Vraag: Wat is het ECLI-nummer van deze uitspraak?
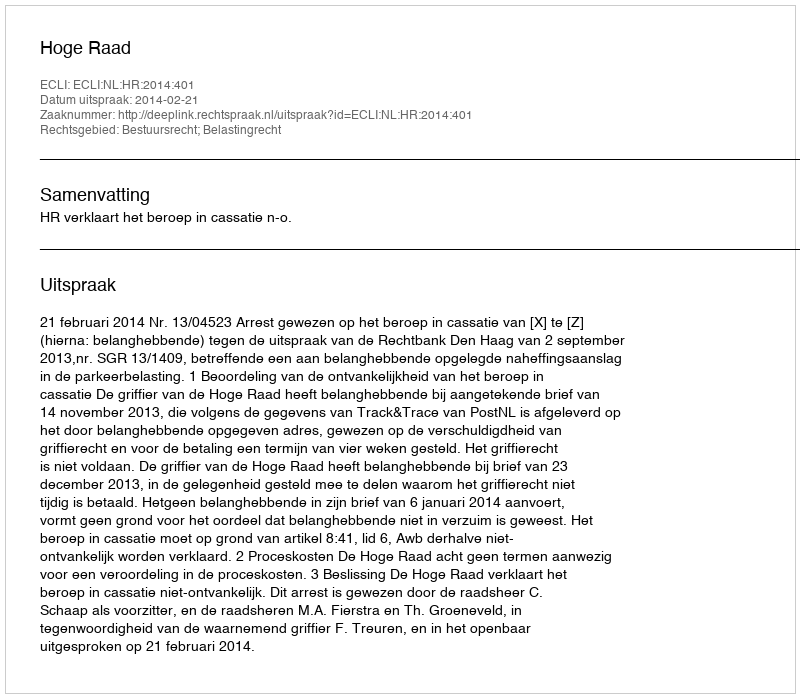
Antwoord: ECLI:NL:HR:2014:401